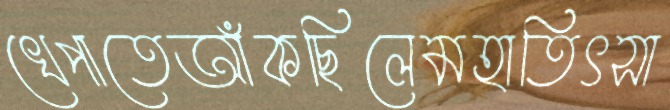
খেপাতেআঁকছিলেমহাতিৎসা